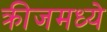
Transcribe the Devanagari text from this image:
क्रीजमध्ये